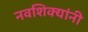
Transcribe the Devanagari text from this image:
नवशिक्यांनी